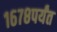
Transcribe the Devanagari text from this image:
१६७८पर्यंत